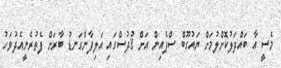
މެސީ އާ ބައްދަލުކޮށްލުމަށް ޔައުގޫބް ސްޕެއިން އަށް ޤުދުސްގައި އަލިފާންގަނޑު ބާރަށް ފެތުރެނީއެދުވަހު